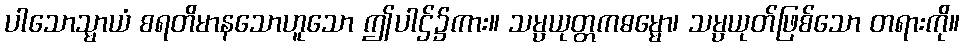
ပါသောသ္မာယံ စရတိမာနသောဟူသော ဤပါဌ်၌ကား။ သမ္ပယုတ္တကဓမ္မော၊ သမ္ပယုတ်ဖြစ်သော တရားကို။